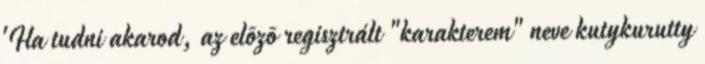
'Ha tudni akarod, az elõzõ regisztrált "karakterem" neve kutykurutty